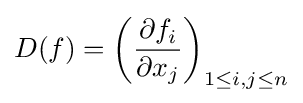
D(f)=\left({\frac {\partial f_{i}}{\partial x_{j}}}\right)_{1\leq i,j\leq n}